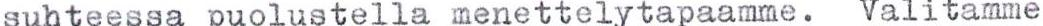
suhteessa puolustella menettelytapaamme. Valitamme